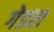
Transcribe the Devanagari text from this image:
गेडरा